Indian journal of veterinary science and animal husbandry - Volume 4,
Year: 1934
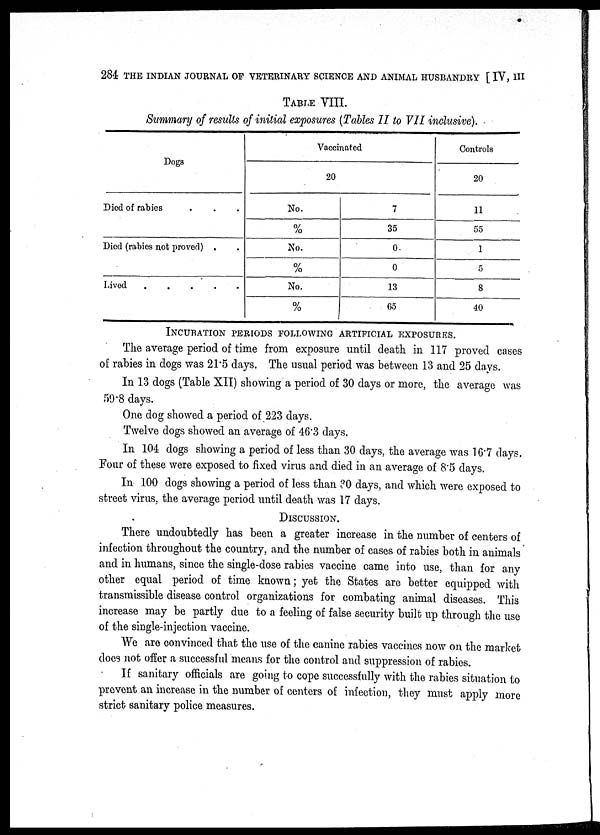
284 THE INDIAN JOURNAL OF VETERINARY SCIENCE AND ANIMAL HUSBANDRY [ IV, III
TABLE VIII.
Summary of results of initial exposures (Tables II to VII inclusive).
Dogs
Died of rabies . . .
Died (rabies not proved) . .
Lived
.
.
.
.
.
Vaccinated
20
No.
%
No.
%
No.
%
7
35
0
0
13
65
Controls
20
11
55
1
5
8
40
INCURATION PERIODS FOLLOWING ARTIFICIAL EXPOSURES.
The average period of time from exposure until death in 117 proved cases
of rabies in dogs was 21.5 days. The usual period was between 13 and 25 days.
In 13 dogs (Table XII) showing a period of 30 days or more, the average was
59.8 days.
One dog showed a period of 223 days.
Twelve dogs showed an average of 46.3 days.
In 104 dogs showing a period of less than 30 days, the average was 16.7 days.
Four of these were exposed to fixed virus and died in an average of 8.5 days.
In 100 dogs showing a period of less than 30 days, and which were exposed to
street virus, the average period until death was 17 days.
DISCUSSION.
There undoubtedly has been a greater increase in the number of centers of
infection throughout the country, and the number of cases of rabies both in animals
and in humans, since the single-dose rabies vaccine came into use, than for any
other equal period of time known; yet the States are better equipped with
transmissible disease control organizations for combating animal diseases. This
increase may be partly due to a feeling of false security built up through the use
of the single-injection vaccine.
We are convinced that the use of the canine rabies vaccines now on the market
does not offer a successful means for the control and suppression of rabies.
If sanitary officials are going to cope successfully with the rabies situation to
prevent an increase in the number of centers of infection, they must apply more
strict sanitary police measures.